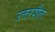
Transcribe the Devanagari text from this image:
उत्तरशैल